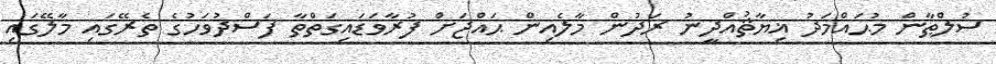
ސުލްޠާން މުޙައްމަދު ޣިޔާޘުއްދީނު ރަދުން މާލެއިން ޙައްޖަށް ފުރާވަޑައިގަތްތާ ފަސްދުވަހުގެ ތެރޭގައި މާލޭގައި